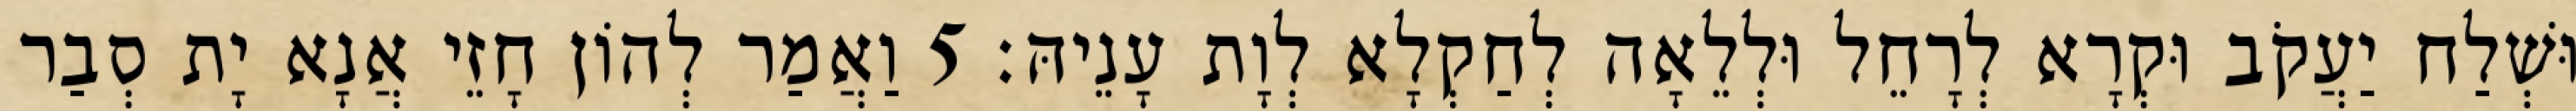
וּשְׁלַח יַעֲקֹב וּקְרָא לְרָחֵל וּלְלֵאָה לְחַקְלָא לְוָת עָנֵיהּ׃ 5 וַאֲמַר לְהוֹן חָזֵי אֲנָא יָת סְבַר